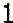
1